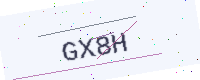
Text: GX8H